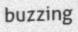
buzzing